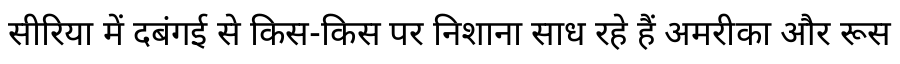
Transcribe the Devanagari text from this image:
सीरिया में दबंगई से किस-किस पर निशाना साध रहे हैं अमरीका और रूस